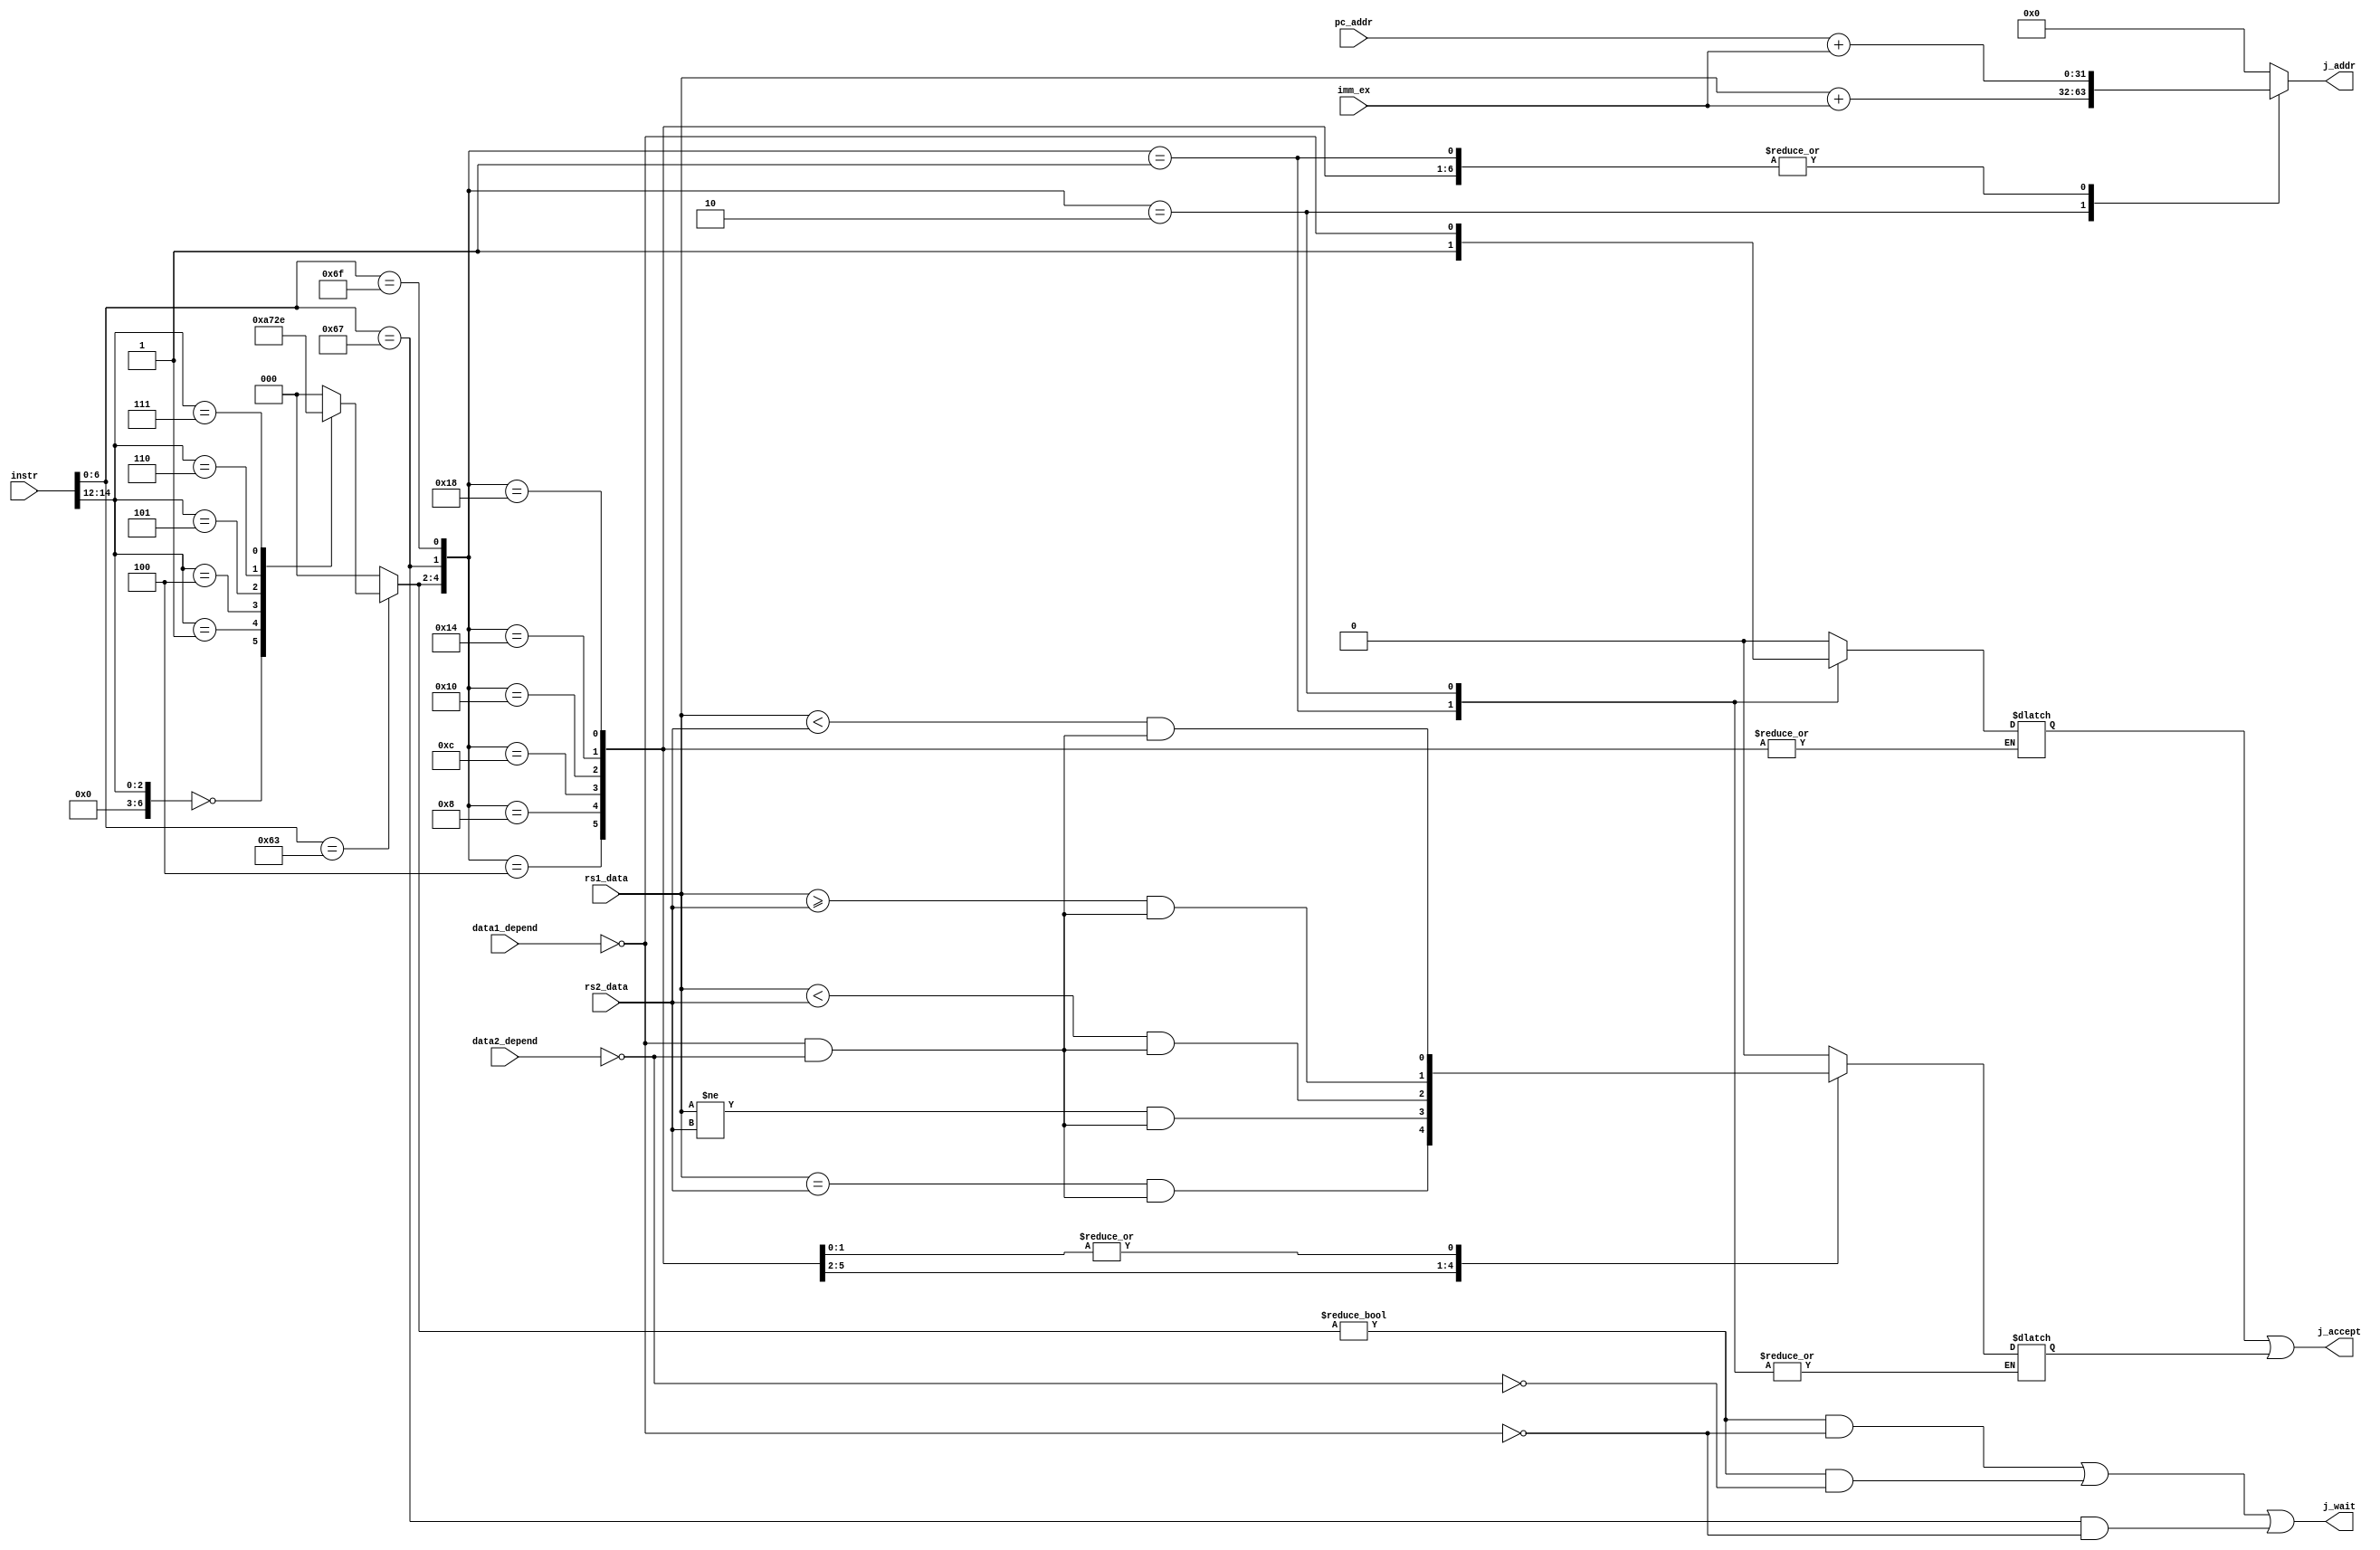

module Branch_Excute(
	// Input signals
	input wire [31:0] instr,
	input wire [31:0] imm_ex,
	input wire [31:0] rs1_data,
	input wire [31:0] rs2_data,	
	input wire [31:0] pc_addr,
	input wire [1:0] data1_depend,
	input wire [1:0] data2_depend,
	// Output signals	
	output wire j_accept,
	output wire j_wait,
	output reg [31:0] j_addr
);

	wire [6:0] opcode = instr[6:0];
	wire [6:0] funct3 = instr[14:12];
	wire jal = (opcode == 7'b1101111);
	wire jalr = (opcode == 7'b1100111);
	reg jcond_accept;
	reg jncond_accept;
	reg [2:0] j_cond; 
	wire rs1_valid = (data1_depend == 2'b00);
	wire rs2_valid = (data2_depend == 2'b00);
	wire [31:0] pc_4 = pc_addr + 32'd4;


	always @(*) begin
		if(opcode == 7'b1100011) begin
			case(funct3)
				3'd0: j_cond = 3'b001; // beq
				3'd1: j_cond = 3'b010; // bne
				3'd4: j_cond = 3'b011; // blt
				3'd5: j_cond = 3'b100; // bge
				3'd6: j_cond = 3'b101; // bltu
				3'd7: j_cond = 3'b110; // bgeu
				default: j_cond = 3'b000;
			endcase
		end
		else begin
			j_cond = 3'b000;
		end
	end

	always @(*) begin
		case({j_cond, jalr, jal})
			5'b00001: begin
				jncond_accept = 1'b1;
				j_addr = pc_addr + imm_ex;
			end 
			5'b00010: begin
				jncond_accept = rs1_valid;
				j_addr = rs1_data + imm_ex;
			end 
			5'b00100: begin
				jcond_accept = (rs1_data == rs2_data) & (rs1_valid & rs2_valid);
				j_addr = pc_addr + imm_ex;
			end
			5'b01000: begin
				jcond_accept = (rs1_data != rs2_data) & (rs1_valid & rs2_valid);
				j_addr = pc_addr + imm_ex;
			end
			5'b01100: begin
				jcond_accept = ($signed(rs1_data) < $signed(rs2_data)) & (rs1_valid & rs2_valid);
				j_addr = pc_addr + imm_ex;
			end
			5'b10000: begin
				jcond_accept = ($signed(rs1_data) >= $signed(rs2_data)) & (rs1_valid & rs2_valid);
				j_addr = pc_addr + imm_ex;
			end
			5'b10100: begin
				jcond_accept = (rs1_data < rs2_data) & (rs1_valid & rs2_valid);
				j_addr = pc_addr + imm_ex;
			end
			5'b11000: begin
				jcond_accept = (rs1_data < rs2_data) & (rs1_valid & rs2_valid);
				j_addr = pc_addr + imm_ex;
			end
			default: begin
				jncond_accept = 1'b0;
				jcond_accept = 1'b0;
				j_addr = 32'd0;
			end
		endcase
	end

	assign j_accept = jncond_accept | jcond_accept;
	assign j_wait = ((j_cond != 3'b000) & !rs1_valid) | ((j_cond != 3'b000) & !rs2_valid) | (jalr & !rs1_valid);

endmodule